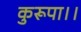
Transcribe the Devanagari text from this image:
कुरूपा।।